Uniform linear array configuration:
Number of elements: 32
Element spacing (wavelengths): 1
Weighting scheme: kaiser
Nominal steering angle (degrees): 0
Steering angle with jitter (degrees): -0.8636
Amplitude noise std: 0.05
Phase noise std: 0.05

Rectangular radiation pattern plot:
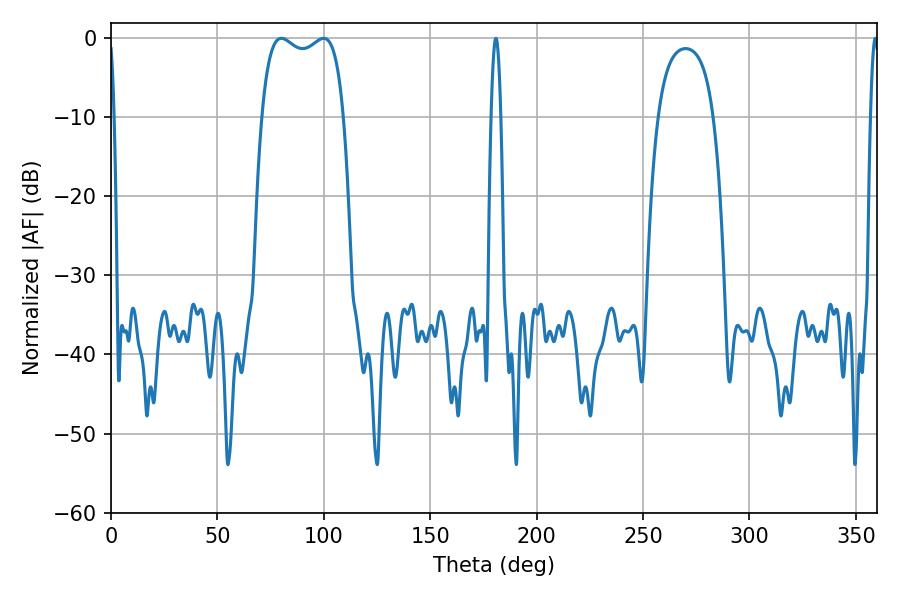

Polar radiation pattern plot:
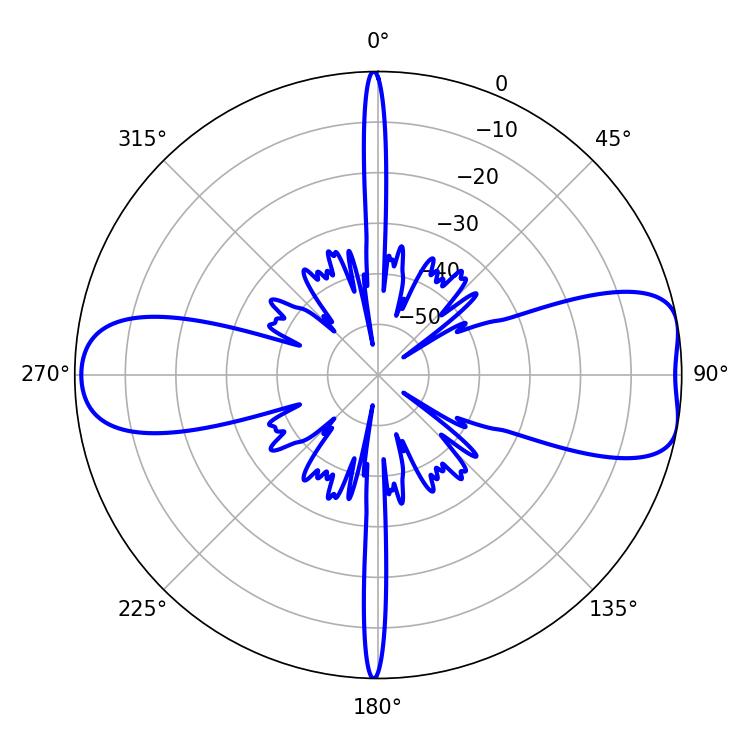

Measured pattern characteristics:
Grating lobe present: TRUE
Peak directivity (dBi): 8.731
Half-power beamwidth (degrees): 31.32
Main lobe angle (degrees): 80.1